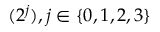
( 2 ^ { j } ) , j \in \{ 0 , 1 , 2 , 3 \}